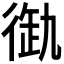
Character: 𢔞